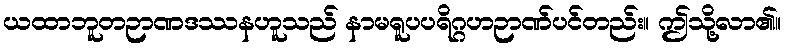
ယထာဘူတဉာဏဒဿနဟူသည် နာမရူပပရိဂ္ဂဟဉာဏ်ပင်တည်း။ ဤသို့လာ၏။